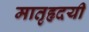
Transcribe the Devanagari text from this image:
मातृहृदयी